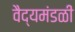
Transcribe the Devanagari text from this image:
वैद्यमंडळी